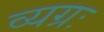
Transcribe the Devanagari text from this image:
व्यग्रः